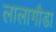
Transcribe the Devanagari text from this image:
लालागौडा